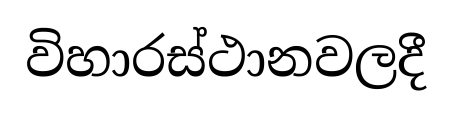
විහාරස්ථානවලදී